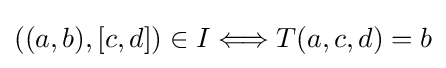
((a,b),[c,d])\in I\Longleftrightarrow T(a,c,d)=b